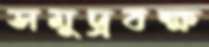
সমুদ্রবক্ষ